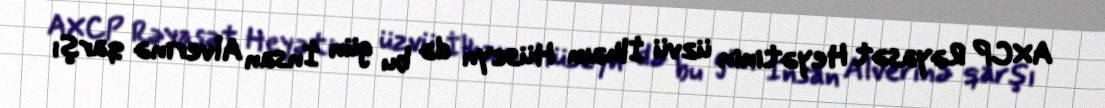
AXCP Rəyasət Heyətinin üzvü İlham Hüseyn də bu gün İnsan Alverinə qarşı